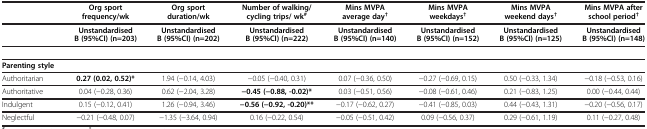
<table><thead><tr><td><b> </b></td><td><b>Org sport frequency/wk</b></td><td><b>Org sport duration/wk</b></td><td><b>Number of walking/cycling trips/ wk<sup>#</sup></b></td><td><b>Mins MVPA average day<sup>†</sup></b></td><td><b>Mins MVPA weekdays<sup>†</sup></b></td><td><b>Mins MVPA weekend days<sup>†</sup></b></td><td><b>Mins MVPA after school period<sup>†</sup></b></td></tr></thead><tbody><tr><td> </td><td><b>Unstandardised B (95%CI) (n=203)</b></td><td><b>Unstandardised B (95%CI) (n=202)</b></td><td><b>Unstandardised B (95%CI) (n=222)</b></td><td><b>Unstandardised B (95%CI) (n=140)</b></td><td><b>Unstandardised B (95%CI) (n=152)</b></td><td><b>Unstandardised B (95%CI) (n=125)</b></td><td><b>Unstandardised B (95%CI) (n=148)</b></td></tr><tr><td colspan="8"> </td></tr><tr><td><b>Parenting style</b></td><td> </td><td> </td><td> </td><td> </td><td> </td><td> </td><td> </td></tr><tr><td>Authoritarian</td><td><b>0.27 (0.02, 0.52)*</b></td><td>1.94 (−0.14, 4.03)</td><td>−0.05 (−0.40, 0.31)</td><td>0.07 (−0.36, 0.50)</td><td>−0.27 (−0.69, 0.15)</td><td>0.50 (−0.33, 1.34)</td><td>−0.18 (−0.53, 0.16)</td></tr><tr><td>Authoritative</td><td>0.04 (−0.28, 0.36)</td><td>0.62 (−2.04, 3.28)</td><td><b>−0.45 (−0.88, -0.02)*</b></td><td>0.03 (−0.51, 0.56)</td><td>−0.08 (−0.61, 0.46)</td><td>0.21 (−0.83, 1.25)</td><td>0.00 (−0.44, 0.44)</td></tr><tr><td>Indulgent</td><td>0.15 (−0.12, 0.41)</td><td>1.26 (−0.94, 3.46)</td><td><b>−0.56 (−0.92, -0.20)**</b></td><td>−0.17 (−0.62, 0.27)</td><td>−0.41 (−0.85, 0.03)</td><td>0.44 (−0.43, 1.31)</td><td>−0.20 (−0.56, 0.17)</td></tr><tr><td>Neglectful</td><td>−0.21 (−0.48, 0.07)</td><td>−1.35 (−3.64, 0.94)</td><td>0.16 (−0.22, 0.54)</td><td>−0.05 (−0.51, 0.42)</td><td>0.09 (−0.56, 0.37)</td><td>0.29 (−0.61, 1.19)</td><td>0.11 (−0.27, 0.48)</td></tr></tbody></table>